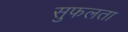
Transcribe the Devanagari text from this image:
सुफलता